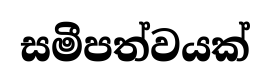
සමීපත්වයක්